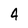
Character: 4